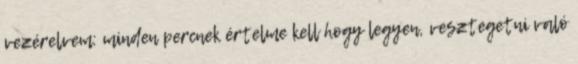
vezérelvem: minden percnek értelme kell hogy legyen, vesztegetni való